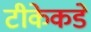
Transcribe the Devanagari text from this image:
टीकेकडे